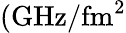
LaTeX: (\mathrm{GHz}/\mathrm{fm}^{2}